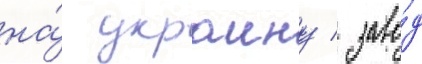
на́ украину / заво́д